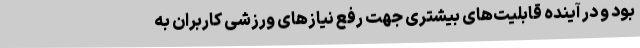
بود و در آینده قابلیت‌های بیشتری جهت رفع نیازهای ورزشی کاربران به